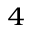
_ 4